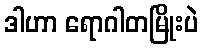
ဒါဟာ ရောဂါတမြိုးပဲ